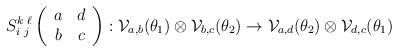
LaTeX: \begin{align*}S^{k \; \ell}_{i \; j} \left(\begin{array}{cc} a & d \\ b & c \end{array}\right) : {\cal V}_{a,b}( \theta_1 ) \otimes{\cal V}_{b,c}(\theta_2) \rightarrow{\cal V}_{a,d}( \theta_2 ) \otimes{\cal V}_{d,c}(\theta_1) \end{align*}